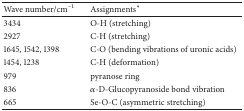
| Wave number/cm−1 | Assignments∗ |
 | --- | --- |
 | 3434 | O-H (stretching) |
 | 2927 | C-H (stretching) |
 | 1645, 1542, 1398 | C-O (bending vibrations of uronic acids) |
 | 1454, 1238 | C-H (deformation) |
 | 979 | pyranose ring |
 | 836 | α-D-Glucopyranoside bond vibration |
 | 665 | Se-O-C (asymmetric stretching) |